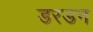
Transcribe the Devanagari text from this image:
डरडन